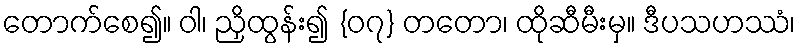
တောက်စေ၍။ ဝါ၊ ညှိထွန်း၍ {၀၇} တတော၊ ထိုဆီမီးမှ။ ဒီပသဟဿံ၊